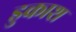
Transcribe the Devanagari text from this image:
डुकाश